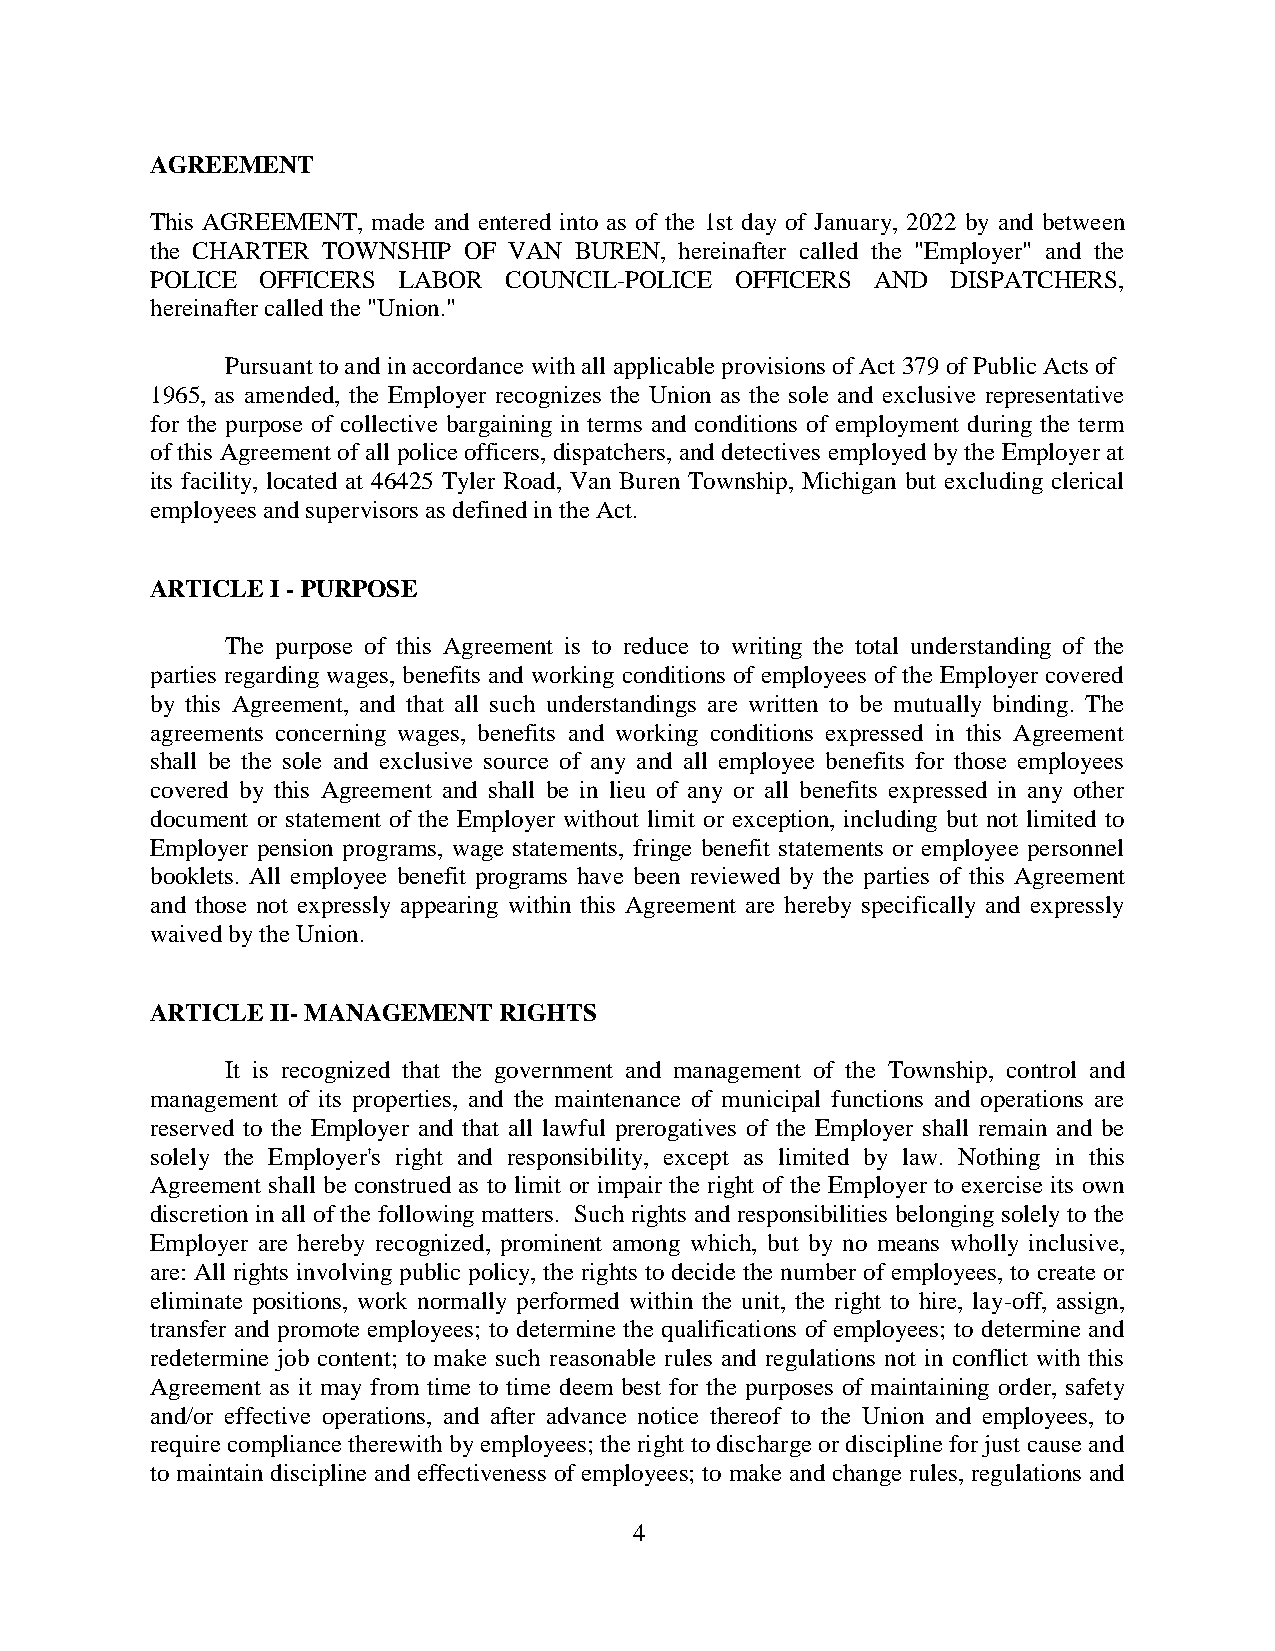
AGREEMENT
 This AGREEMENT, made and entered into as of the 1st day of January, 2022 by and between
 the CHARTER TOWNSHIP OF VAN BUREN, hereinafter called the "Employer" and the
 POLICE OFFICERS LABOR  COUNCIL-POLICE  OFFICERS AND  DISPATCHERS,
 hereinafter called the "Union."
 Pursuant to and in accordance with all applicable provisions of Act 379 of Public Acts of
 1965, as amended, the Employer recognizes the Union as the sole and exclusive representative
 for the purpose of collective bargaining in terms and conditions of employment during the term
 of this Agreement of all police officers, dispatchers, and detectives employed by the Employer at
 its facility, located at 46425 Tyler Road, Van Buren Township, Michigan but excluding clerical
 employees and supervisors as defined in the Act.
 ARTICLE I - PURPOSE
 The purpose of this Agreement is to reduce to writing the total understanding of the
 parties regarding wages, benefits and working conditions of employees of the Employer covered
 by this Agreement, and that all such understandings are written to be mutually binding. The
 agreements concerning wages, benefits and working conditions expressed in this Agreement
 shall be the sole and exclusive source of any and all employee benefits for those employees
 covered by this Agreement and shall be in lieu of any or all benefits expressed in any other
 document or statement of the Employer without limit or exception, including but not limited to
 Employer pension programs, wage statements, fringe benefit statements or employee personnel
 booklets. All employee benefit programs have been reviewed by the parties of this Agreement
 and those not expressly appearing within this Agreement are hereby specifically and expressly
 waived by the Union.
 ARTICLE II- MANAGEMENT RIGHTS
 It is recognized that the government and management of the Township, control and
 management of its properties, and the maintenance of municipal functions and operations are
 reserved to the Employer and that all lawful prerogatives of the Employer shall remain and be
 solely the Employer's right and responsibility, except as limited by law. Nothing in this
 Agreement shall be construed as to limit or impair the right of the Employer to exercise its own
 discretion in all of the following matters. Such rights and responsibilities belonging solely to the
 Employer are hereby recognized, prominent among which, but by no means wholly inclusive,
 are: All rights involving public policy, the rights to decide the number of employees, to create or
 eliminate positions, work normally performed within the unit, the right to hire, lay-off, assign,
 transfer and promote employees; to determine the qualifications of employees; to determine and
 redetermine job content; to make such reasonable rules and regulations not in conflict with this
 Agreement as it may from time to time deem best for the purposes of maintaining order, safety
 and/or effective operations, and after advance notice thereof to the Union and employees, to
 require compliance therewith by employees; the right to discharge or discipline for just cause and
 to maintain discipline and effectiveness of employees; to make and change rules, regulations and
 4